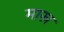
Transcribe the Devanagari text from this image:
मास्र